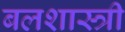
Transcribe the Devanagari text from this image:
बलशास्त्री